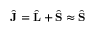
\hat { \mathbf { J } } = \hat { \mathbf { L } } + \hat { \mathbf { S } } \approx \hat { \mathbf { S } }